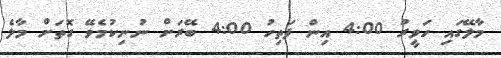
މާލޭގައި ހަވީރު 4:00 އިން ފަތިހު 4:00 ބޭރަށް ނުނިކުމެވޭ ގޮތަށް މާލެ